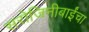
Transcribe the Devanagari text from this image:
सरोजिनीबाईंचा